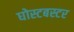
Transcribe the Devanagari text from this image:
घोस्टबस्टर